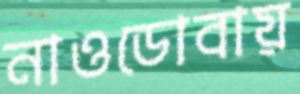
নাওডোবায়